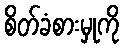
စိတ်ခံစားမှုကို